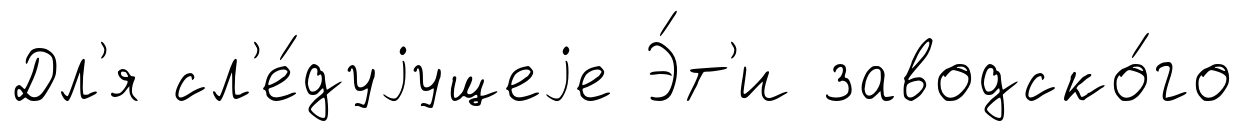
Дл'я сл'е́дуjущеjе Э́т'и заводско́го